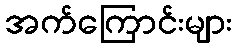
အက်ကြောင်းများ